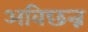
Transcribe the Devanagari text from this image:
अविछन्न